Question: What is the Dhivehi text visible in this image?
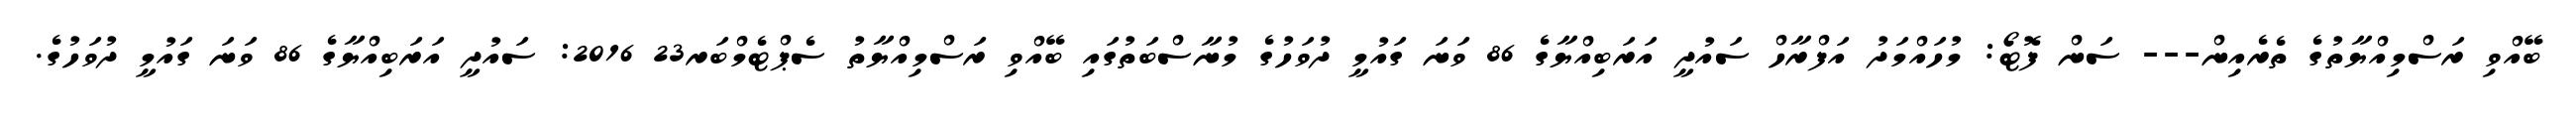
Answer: ބޭއްވި ރަސްމިއްޔާތުގެ ތެރެއިން--- ސަން ފޮޓޯ: މުހައްމަދު އަފްރާހް ސައުދީ އަރަބިއްޔާގެ 86 ވަނަ ގައުމީ ދުވަހުގެ މުނާސްބަތުގައި ބޭއްވި ރަސްމިއްޔާތު ސެޕްޓެމްބަރ23 2016: ސައުދީ އަރަބިއްޔާގެ 86 ވަނަ ގައުމީ ދުވަހުގެ.